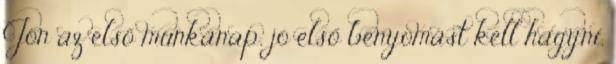
Jön az első munkanap, jó első benyomást kell hagyni,